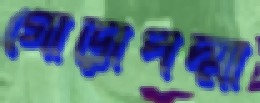
গোড়াপদ্মা